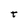
Character: t